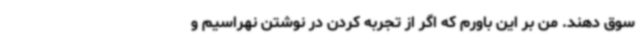
سوق دهند. من بر این باورم که اگر از تجربه کردن در نوشتن نهراسیم و